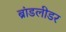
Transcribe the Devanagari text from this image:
ब्रांडलीडर